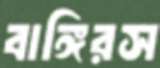
বাঙ্গিরস